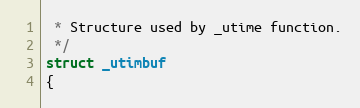
Language: C
 * Structure used by _utime function.
 */
struct _utimbuf
{